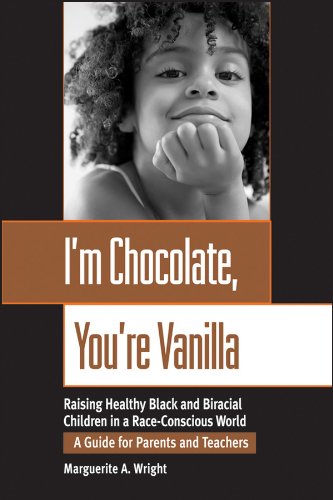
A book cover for I'm Chocolate, You're Vanilla: Raising Healthy Black and Biracial Children in a Race-Conscious World; Marguerite Wright; Medical Books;